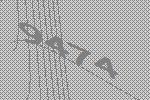
9474